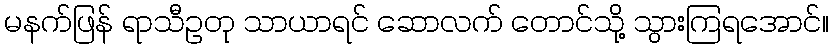
မနက်ဖြန် ရာသီဥတု သာယာရင် ဆောလက် တောင်သို့ သွားကြရအောင်။